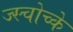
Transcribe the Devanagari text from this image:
ज्स्चोच्के